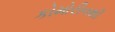
કોમોરીનથી